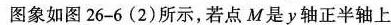
图象如图26-6(2)所示，若点M是y轴正半轴上